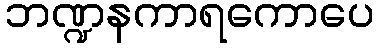
ဘဏ္ဍနကာရကောပေ